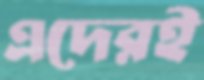
এদেরই